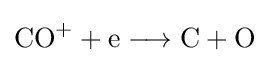
{\mathrm {CO} {\vphantom {A}}^{+}{}+{}\mathrm {e} {}\mathrel {\longrightarrow } {}\mathrm {C} {}+{}\mathrm {O} }